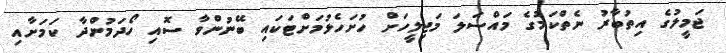
ޖަމީލުގެ އިތުބާރު ނެތްކަމުގެ މައްސަލަ މަޖިލީހަށް ހުށަހެޅުމަށްޓަކައި ބޭނުންވާ ސޮއި ހޯދަމުންދާ ކަމަށާއި